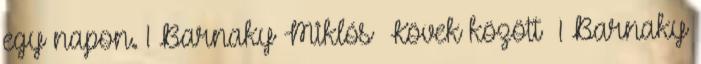
egy napon. 1 Barnaky Miklós Kövek között 1 Barnaky